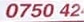
0750 42